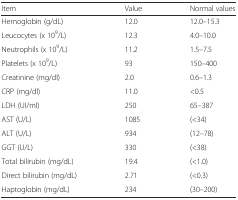
<table><thead><tr><td><b>Item</b></td><td><b>Value</b></td><td><b>Normal values</b></td></tr></thead><tbody><tr><td>Hemoglobin (g/dL)</td><td>12.0</td><td>12.0–15.3</td></tr><tr><td>Leucocytes (x 10<sup>9</sup>/L)</td><td>12.3</td><td>4.0–10.0</td></tr><tr><td>Neutrophils (x 10<sup>9</sup>/L)</td><td>11.2</td><td>1.5–7.5</td></tr><tr><td>Platelets (x 10<sup>9</sup>/L)</td><td>93</td><td>150–400</td></tr><tr><td>Creatinine (mg/dl)</td><td>2.0</td><td>0.6–1.3</td></tr><tr><td>CRP (mg/dl)</td><td>11.0</td><td>&lt;0.5</td></tr><tr><td>LDH (UI/ml)</td><td>250</td><td>65–387</td></tr><tr><td>AST (U/L)</td><td>1085</td><td>(&lt;34)</td></tr><tr><td>ALT (U/L)</td><td>934</td><td>(12–78)</td></tr><tr><td>GGT (U/L)</td><td>330</td><td>(&lt;38)</td></tr><tr><td>Total bilirubin (mg/dL)</td><td>19.4</td><td>(&lt;1.0)</td></tr><tr><td>Direct bilirubin (mg/dL)</td><td>2.71</td><td>(&lt;0.3)</td></tr><tr><td>Haptoglobin (mg/dL)</td><td>234</td><td>(30–200)</td></tr></tbody></table>